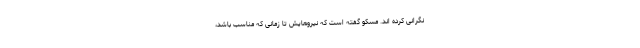
نگرانی کرده اند. مسکو گفته است که نیروهایش تا زمانی که مناسب باشد،